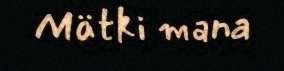
Mätki mana